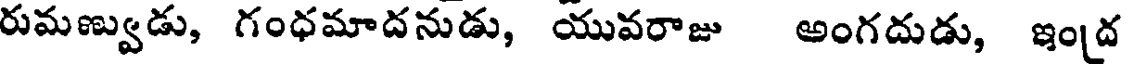
రుమణ్వుడు, గంధమాదనుడు, యువరాజు అంగదుడు, ఇంద